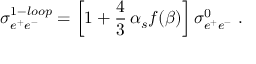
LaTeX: \sigma _ { e ^ { + } e ^ { - } } ^ { 1 - l o o p } = \left[ 1 + \frac { 4 } { 3 } \, \alpha _ { s } f ( \beta ) \right] \sigma _ { e ^ { + } e ^ { - } } ^ { 0 } \; .